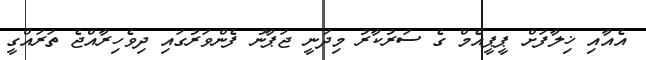
އެއާއި ޚިލާފަށް ޕީޕީއެމް ގެ ސަރުކާރު މިދަނީ ޖަޕާނު ފެންވަރުގައި ދިވެހިރާއްޖެ ތަރައްގީ